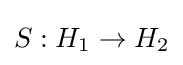
S:H_{1}\to H_{2}